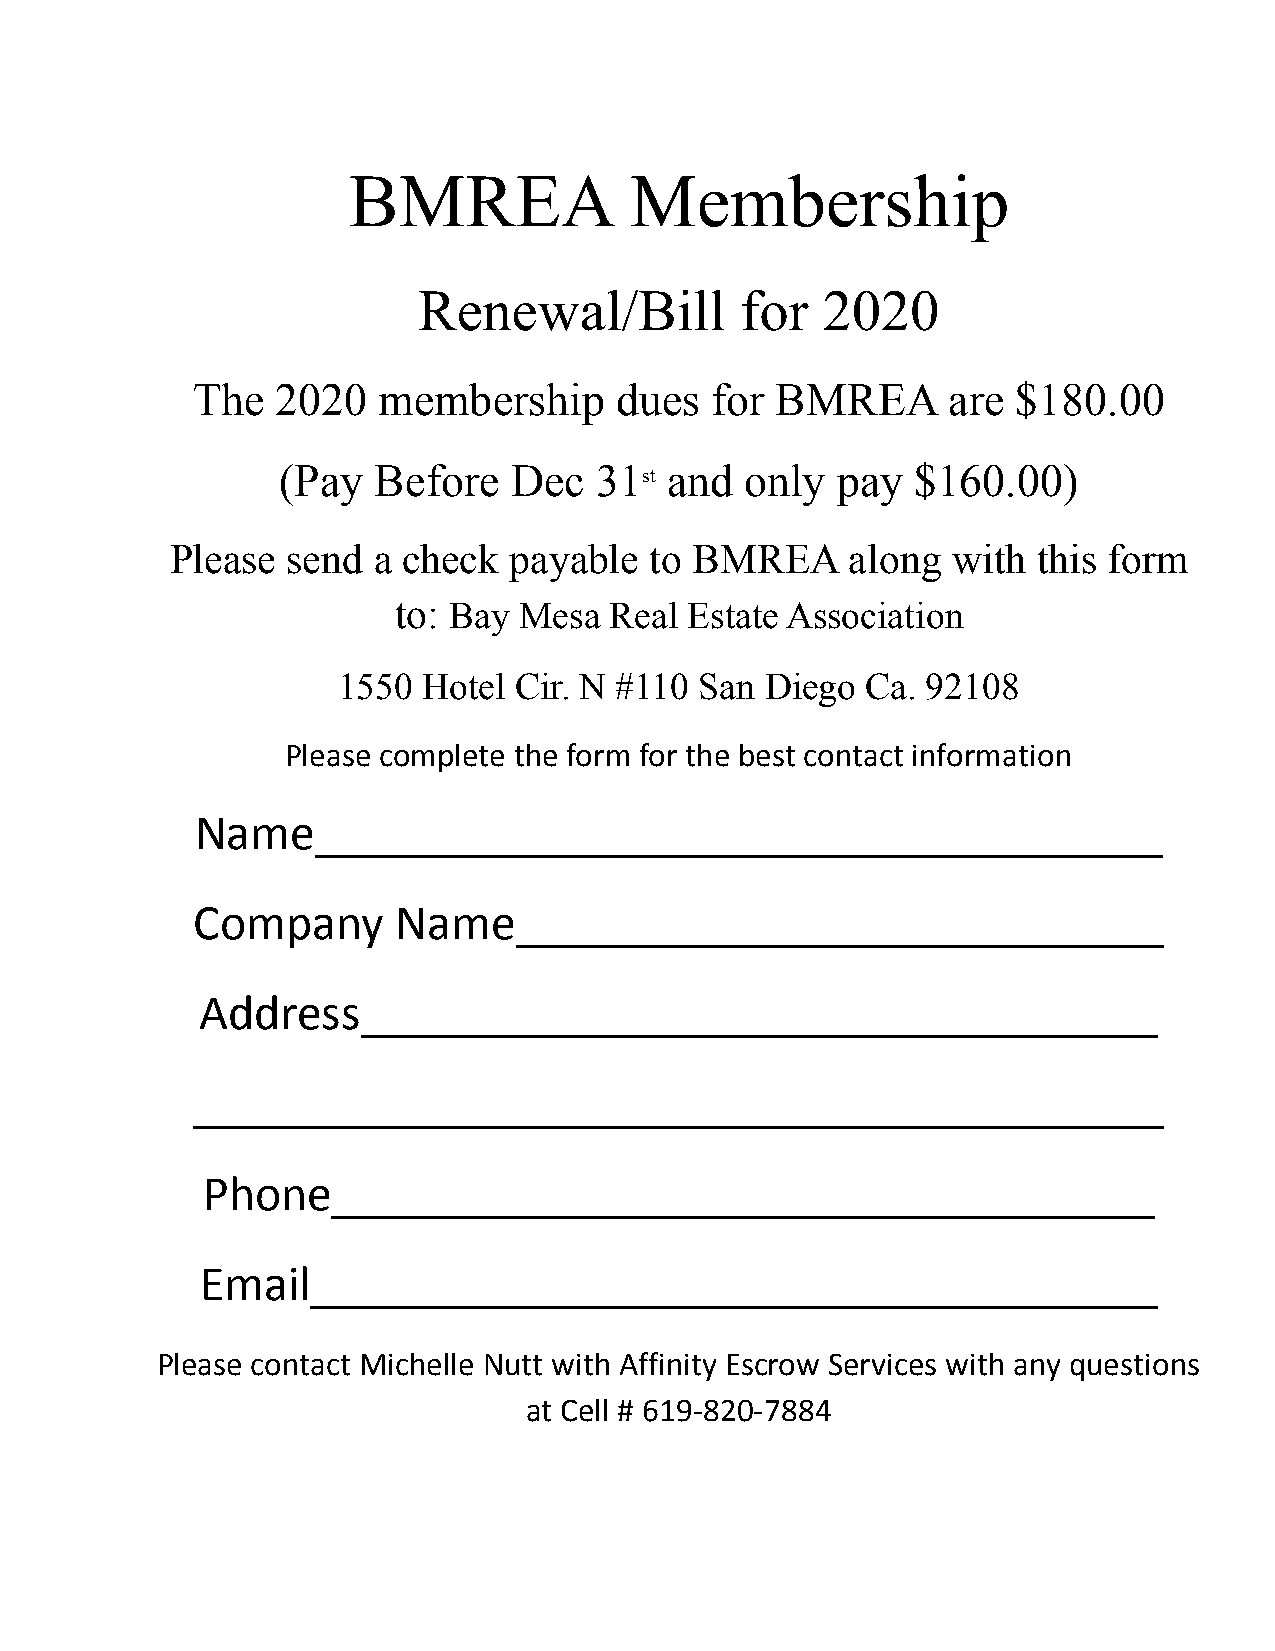
BMREA              Membership
 Renewal/Bill         for  2020
 The  2020   membership      dues  for BMREA       are $180.00
 (Pay   Before   Dec  31   and  only  pay   $160.00)
 st
 Please  send  a check  payable  to BMREA     along  with  this form
 to: Bay Mesa  Real  Estate Association
 1550  Hotel Cir. N #110 San  Diego Ca. 92108
 Please complete the form for the best contact information
 Name__________________________________
 Company      Name__________________________
 Address________________________________
 _______________________________________
 Phone_________________________________
 Email__________________________________
 Please contact Michelle Nutt with Affinity Escrow Services with any questions
 at Cell # 619-820-7884